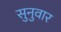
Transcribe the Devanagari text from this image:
सुनुवार